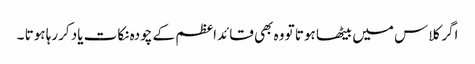
اگر کلاس میں بیٹھا ہوتا تو وہ بھی قائداعظم کے چودہ نکات یاد کررہا ہوتا ۔